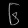
Digit: ၆